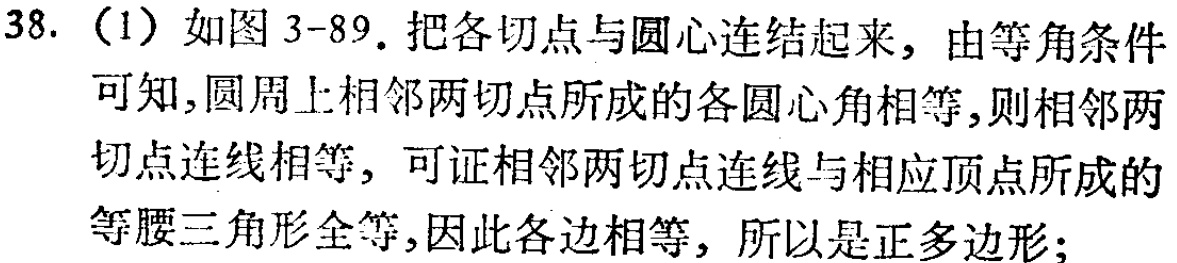
38. （1）如图 3-89. 把各切点与圆心连结起来，由等角条件可知,圆周上相邻两切点所成的各圆心角相等,则相邻两切点连线相等，可证相邻两切点连线与相应顶点所成的等腰三角形全等,因此各边相等，所以是正多边形;